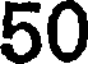
50